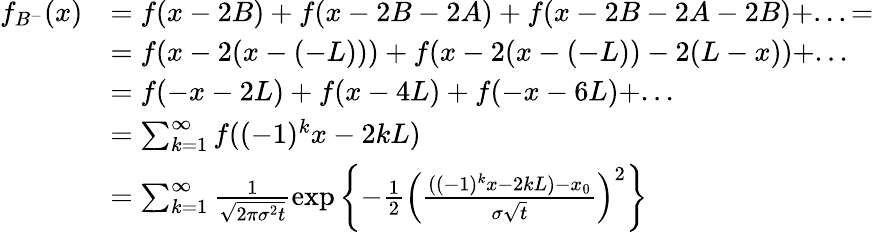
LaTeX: \begin{array}{rl}{f_{B^{-}}(x)}&{=f(x-2B)+f(x-2B-2A)+f(x-2B-2A-2B)+...=}\\ &{=f(x-2(x-(-L)))+f(x-2(x-(-L))-2(L-x))+...}\\ &{=f(-x-2L)+f(x-4L)+f(-x-6L)+...}\\ &{=\sum_{k=1}^{\infty}f((-1)^{k}x-2kL)}\\ &{=\sum_{k=1}^{\infty}\frac{1}{\sqrt{2\pi\sigma^{2}t}}\exp\left\lbrace-\frac{1}{2}\left(\frac{((-1)^{k}x-2kL)-x_{0}}{\sigma\sqrt{t}}\right)^{2}\right\rbrace}\end{array}